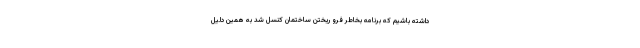
داشته باشیم که برنامه بخاطر فرو ریختن ساختمان کنسل شد به همین دلیل